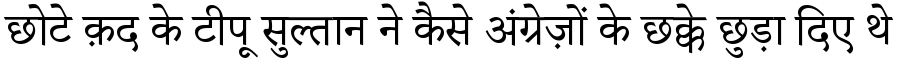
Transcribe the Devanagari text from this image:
छोटे क़द के टीपू सुल्तान ने कैसे अंग्रेज़ों के छक्के छुड़ा दिए थे